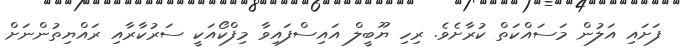
ފަށައި އަލުން މަސައްކަތް ކުރާށެވެ. ރިހި ޔޫބީލް އައިސްފައިވާ މިފްކޯއަކީ ސަރުކާރާއި ރައްޔިތުންނަށް